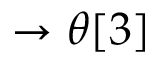
\rightarrow \theta [ 3 ]